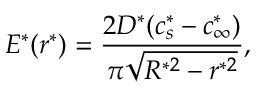
E ^ { * } ( r ^ { * } ) = \frac { 2 D ^ { * } ( c _ { s } ^ { * } - c _ { \infty } ^ { * } ) } { \pi \sqrt { R ^ { * 2 } - r ^ { * 2 } } } ,